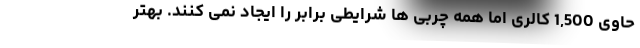
حاوی 1,500 کالری اما همه چربی ها شرایطی برابر را ایجاد نمی کنند. بهتر